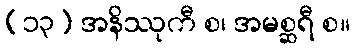
(၁၃) အနိဿုကီ စ၊ အမစ္ဆရီ စ။